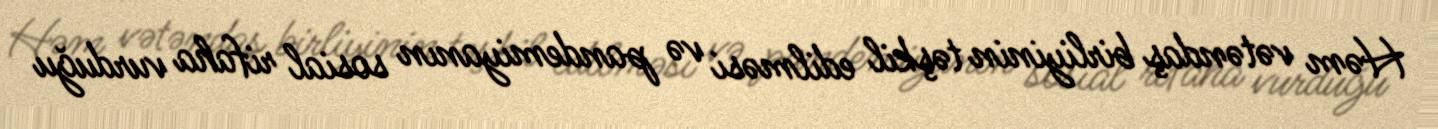
Həm vətəndaş birliyinin təşkil edilməsi və pandemiyanın sosial rifaha vurduğu